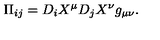
\Pi _ { i j } = D _ { i } X ^ { \mu } D _ { j } X ^ { \nu } g _ { \mu \nu } .